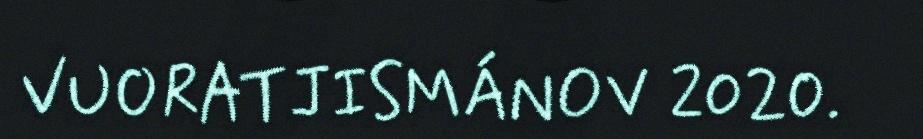
VUORATJISMÁNOV 2020.